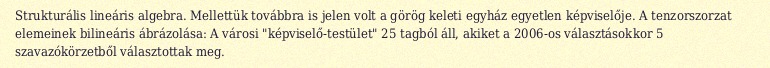
Strukturális lineáris algebra. Mellettük továbbra is jelen volt a görög keleti egyház egyetlen képviselője. A tenzorszorzat elemeinek bilineáris ábrázolása: A városi "képviselő-testület" 25 tagból áll, akiket a 2006-os választásokkor 5 szavazókörzetből választottak meg.